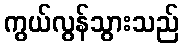
ကွယ်လွန်သွားသည်